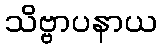
သိဗ္ဗာပနာယ